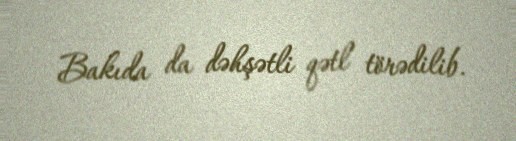
Bakıda da dəhşətli qətl törədilib.